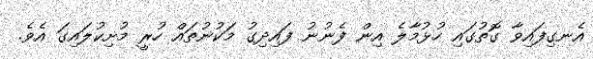
އެނގިފައިވާ ގޮތުގައި ހުޅުމާލެ އިން ފެނުނު ފައިދިގު މަކުނުތައް ހުރީ މުށިކުލައިގަ އެވެ.